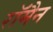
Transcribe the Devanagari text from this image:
रॉमैन